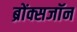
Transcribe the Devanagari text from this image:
ब्रोंक्सजॉन